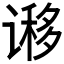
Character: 𰶁